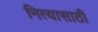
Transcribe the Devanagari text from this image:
नित्यासाठी